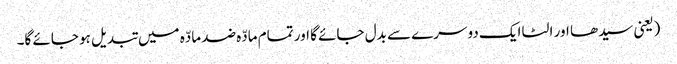
(یعنی سیدھا اور الٹا ایک دوسرے سے بدل جائے گا اور تمام مادّہ ضد مادّہ میں تبدیل ہو جائے گا۔